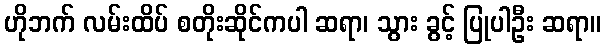
ဟိုဘက် လမ်းထိပ် စတိုးဆိုင်ကပါ ဆရာ၊ သွား ခွင့် ပြုပါဦး ဆရာ။